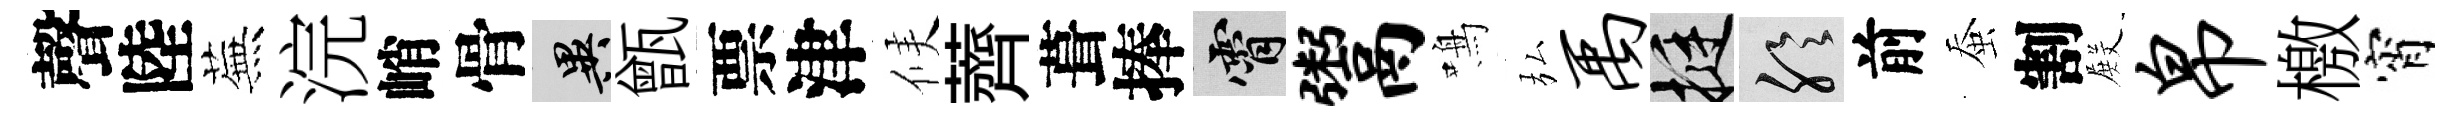
聲陸蕪浣峭骨异甑票津候薺葺捧霄鬻鳴弘禹挺聆前蚕割𭮺帛檄宵